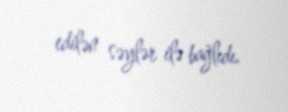
edilən səylər ilə bağlıdı.